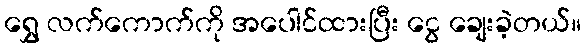
ရွှေ လက်ကောက်ကို အပေါင်ထားပြီး ငွေ ချေးခဲ့တယ်။